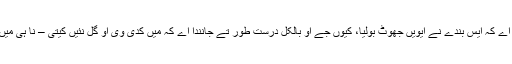
تے مینوں تعجب نئیں ہوندا اے کہ ایس بندے نے ایویں جھوٹ بولیا، کیوں جے اُو بالکل دُرست طور تے جانندا اے کہ میں کدی وی اُو گل نئیں کیتی – نا ہی میں ایہدے وِچ یقین رکھنا واں۔